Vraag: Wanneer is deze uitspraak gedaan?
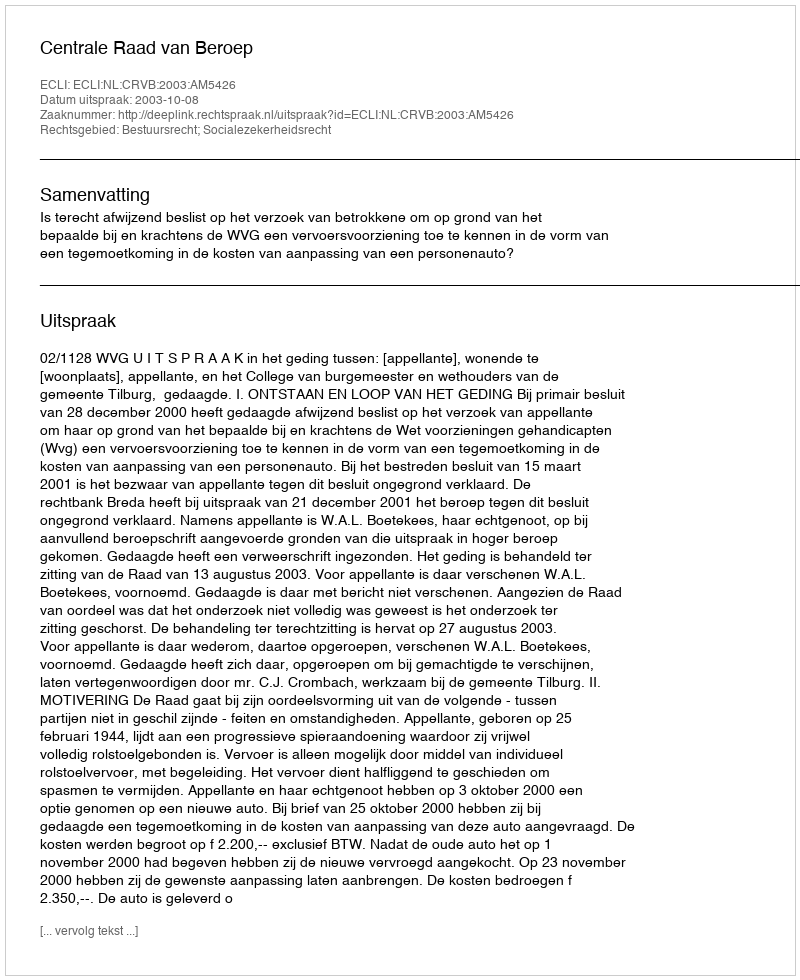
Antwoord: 2003-10-08